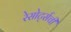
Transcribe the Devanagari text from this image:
रेसोर्ट्सची